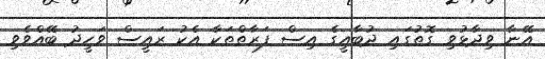
އޭނާ ވިދާޅުވި ގޮތުގައި ދުބާއީގެ އިސް ފަރާތްތަކާ އެކު ރައީސް ވަހީދު ބޭއްވެވި